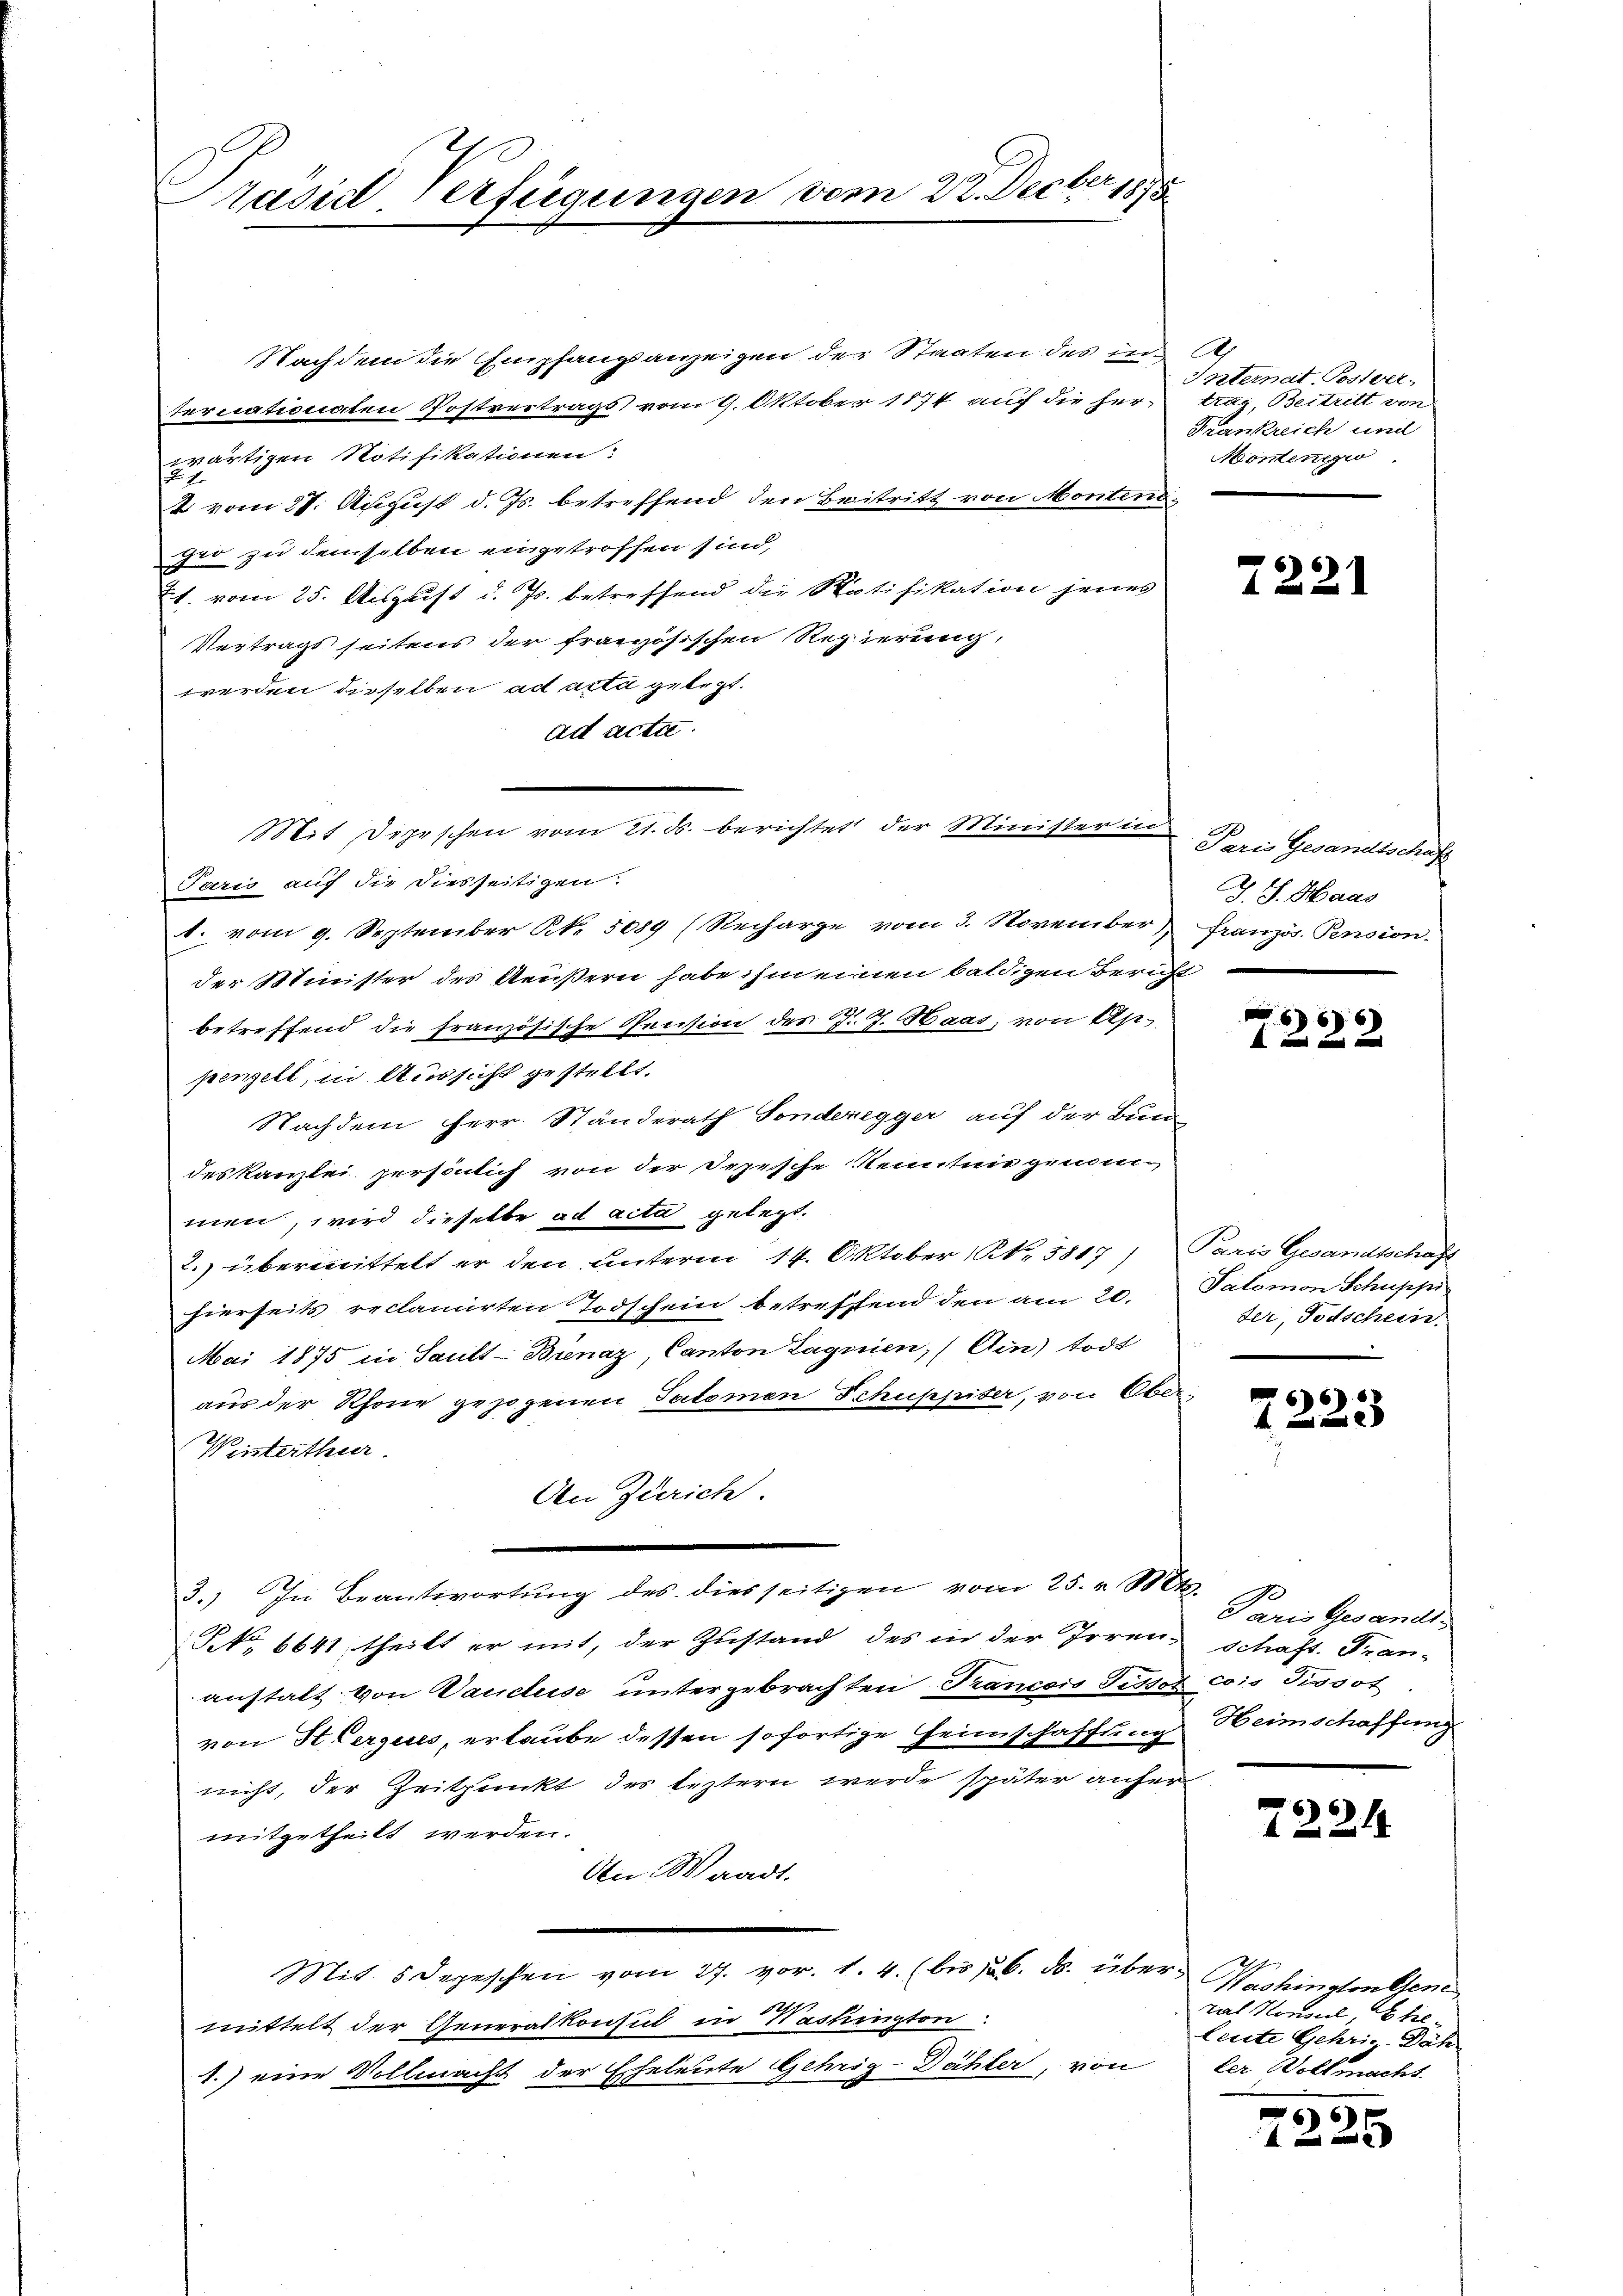
Präsid-Verfügungen vom 22. Decber 183.

Mit Depeschen vom 21. ds. berichtet der Minister in

Nachdem die Empfangsanzeigen der Staaten des in Ah
ternationaten Postvertrags vom 9. Oktober 1874 auf die her-
wärtigen Notifikationen:
2 vom 27. August d. Js. betreffend den Beitritt von Montendger zu demselben eingetroffen sind,
t. vom 25. Aisgust d. Js. betreffend die Ratifikation jenes
Vertrags seitens der französischen Regierung,
werden dieselben ad acta gelegt.
ad acta.
Paris auf die Diesseitigen.
1. vom 9. September N. 5089 (Recharge vom 3. November französ. Pension
der Minister des Aeußern habe ihm einen baldigen Bericht
betreffend die französische Necision des J. J. Haas, von Ap
penzelt, in Aussicht gestellt.
Nachdem Herr. Ständerath Sonderegger auf der Bun
deskanzlei persönlich von der Depesche Kenntnis genommen, wird dieselbe ad acta gelegt.
2. übermittelt er den unterm 14. Oktober 1. 5817)
hierseits reclamirten Todschein betreffend den am 20.
Mai 1875 in Sautt-Bienaz, Canton Lagnien, (Ein) todt
aus der Rhone gezogenen Salomon Schuppiter, von Ober-
Winterthur.
An Zürich.
3.) In Beantwortung des diesseitigen vom 25. v. Mts.
NNo. 6641, theilt er mit, der Zustand des in der Irren schaft. Fran-
anstalt von Vauclise untergebrachten Prancois Pissot cois Tissot
von St. Cerques, erlaube dessen sofortige Heimschaffung Heimschaffung
nicht, der Zeitpunkt des leztern werde später anfer
mitgetheilt werden.
An Waadt.
Mit. 5 Depeschen vom 27. vor. 1. 4. (bis 16. ds. über Washington Gene
f
mittelt der Generalkonsul in Washington
A.) eine Vollmacht der Eheleute Gehrig-Dähler, von

Internat-Postver-
trag, Beitritt von
Krankreich und
Montentio

7221

Paris Gesandtschaft
J. J. Haas

66
4 x

Paris Gesandtschaft
Salomon Schuppi
der, Todschein.

7223

Paris Gesandt

7221.

rat Konsul Eheleute Gehrig-Dähler Vollmacht.

56 f